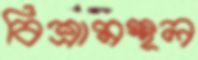
বিশ্রামস্থল